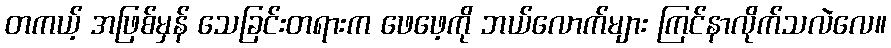
တကယ့် အဖြစ်မှန် သေခြင်းတရားက ဖေဖေ့ကို ဘယ်လောက်များ ကြင်နာလိုက်သလဲလေ။